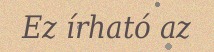
Ez írható az